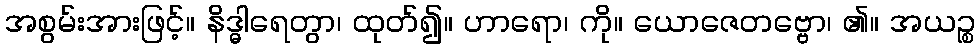
အစွမ်းအားဖြင့်။ နိဒ္ဓါရေတွာ၊ ထုတ်၍။ ဟာရော၊ ကို။ ယောဇေတဗ္ဗော၊ ၏။ အယဉ္စ